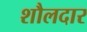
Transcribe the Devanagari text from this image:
शौलदार